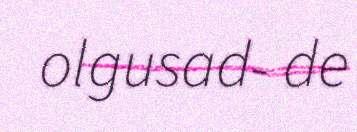
olgusad- de